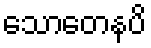
သောတေနပိ